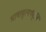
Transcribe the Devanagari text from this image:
भाषावृत्यर्थवृत्ति